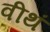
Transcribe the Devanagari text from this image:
वीथं